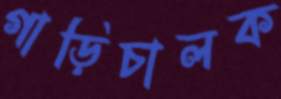
গাড়িচালক